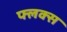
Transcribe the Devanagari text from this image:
फ्लक्‍स